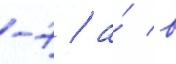
-7 / а́ в